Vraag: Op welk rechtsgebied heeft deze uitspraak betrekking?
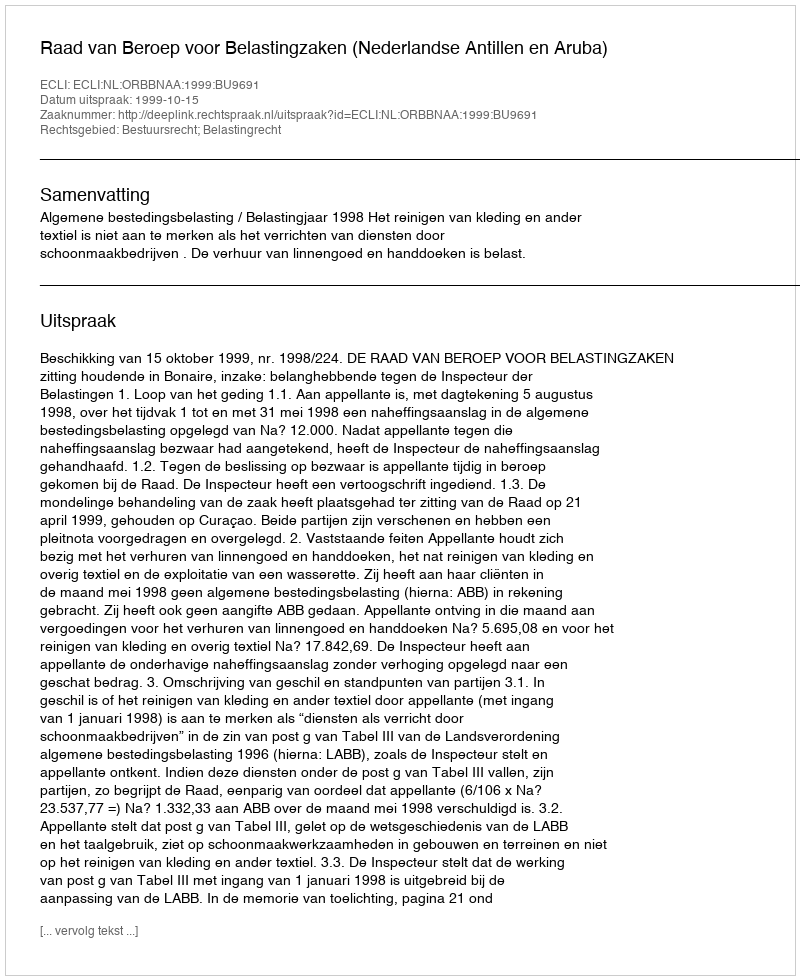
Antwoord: Bestuursrecht; Belastingrecht